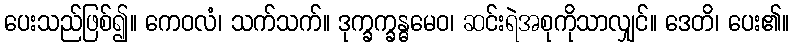
ပေးသည်ဖြစ်၍။ ကေဝလံ၊ သက်သက်။ ဒုက္ခက္ခန္ဓမေဝ၊ ဆင်းရဲအစုကိုသာလျှင်။ ဒေတိ၊ ပေး၏။